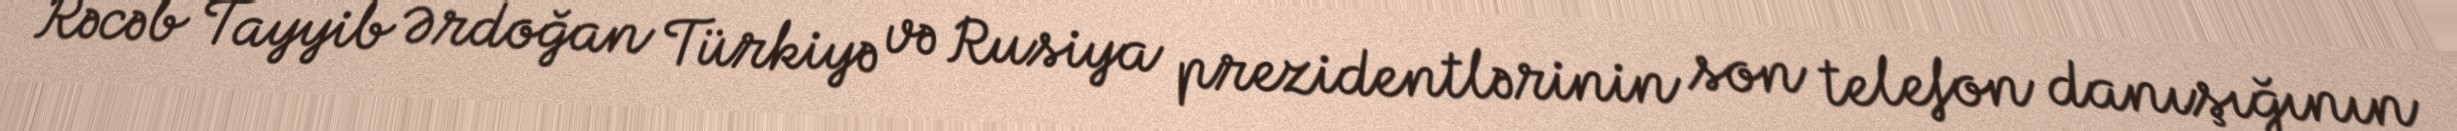
Rəcəb Tayyib Ərdoğan Türkiyə və Rusiya prezidentlərinin son telefon danışığının